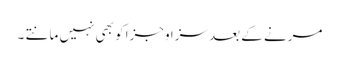
مرنے کے بعد سزا وجزا کو بھی نہیں مانتے ۔